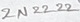
Text: 2N2222